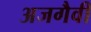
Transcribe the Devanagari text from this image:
अजगैवी